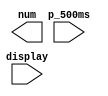
`timescale 1ns / 1ps
//////////////////////////////////////////////////////////////////////////////////
// Company: 
// Engineer: 
// 
// Design Name: 
// Module Name:    num 
// Project Name: 
// Target Devices: 
// Tool versions: 
// Description: 
//
// Dependencies: 
//
// Revision: 
// Revision 0.01 - File Created
// Additional Comments: 
//
//////////////////////////////////////////////////////////////////////////////////
module num(
    input p_500ms,
    output [6:0] num,
    input [1:0] display
    );


endmodule